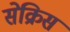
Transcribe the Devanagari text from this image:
सेक्रिस